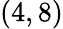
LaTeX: (4,8)